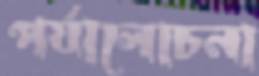
পর্যালোচনা